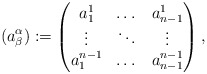
\begin{align*} (a^\alpha_\beta):= \begin{pmatrix} a^1_1 & \dots & a^1_{n-1} \\ \vdots & \ddots & \vdots \\ a^{n-1}_1 & \dots & a^{n-1}_{n-1} \\ \end{pmatrix},\end{align*}